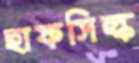
হাফসিল্ক